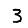
Digit: 3